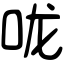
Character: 咙